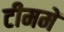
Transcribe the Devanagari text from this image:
टीममें